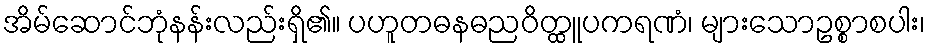
အိမ်ဆောင်ဘုံနန်းလည်းရှိ၏။ ပဟူတဓနဓညဝိတ္ထူပကရဏံ၊ များသောဥစ္စာစပါး၊